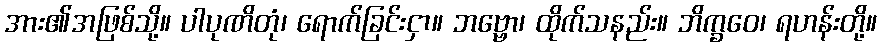
အား၏အဖြစ်သို့။ ပါပုဏိတုံ၊ ရောက်ခြင်းငှာ။ ဘဗ္ဗော၊ ထိုက်သနည်း။ ဘိက္ခဝေ၊ ရဟန်းတို့။